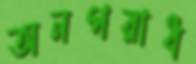
অনপরাধ